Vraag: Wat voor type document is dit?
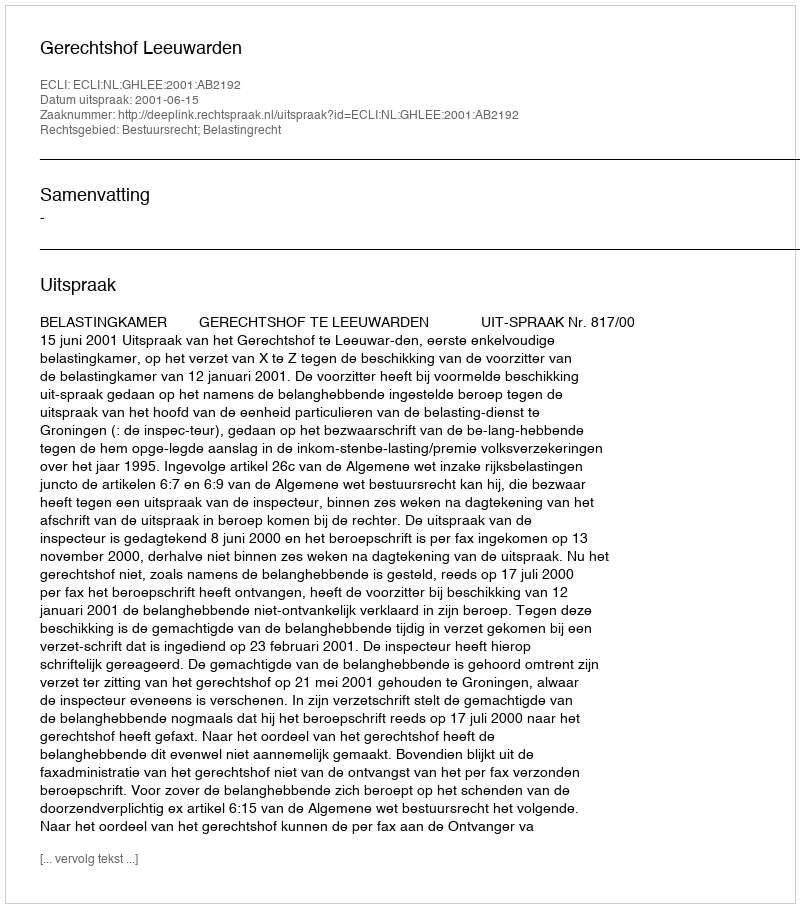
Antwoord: Uitspraak